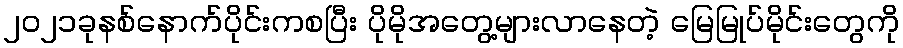
၂၀၂၁ခုနစ်နောက်ပိုင်းကစပြီး ပိုမိုအတွေ့များလာနေတဲ့ မြေမြုပ်မိုင်းတွေကို